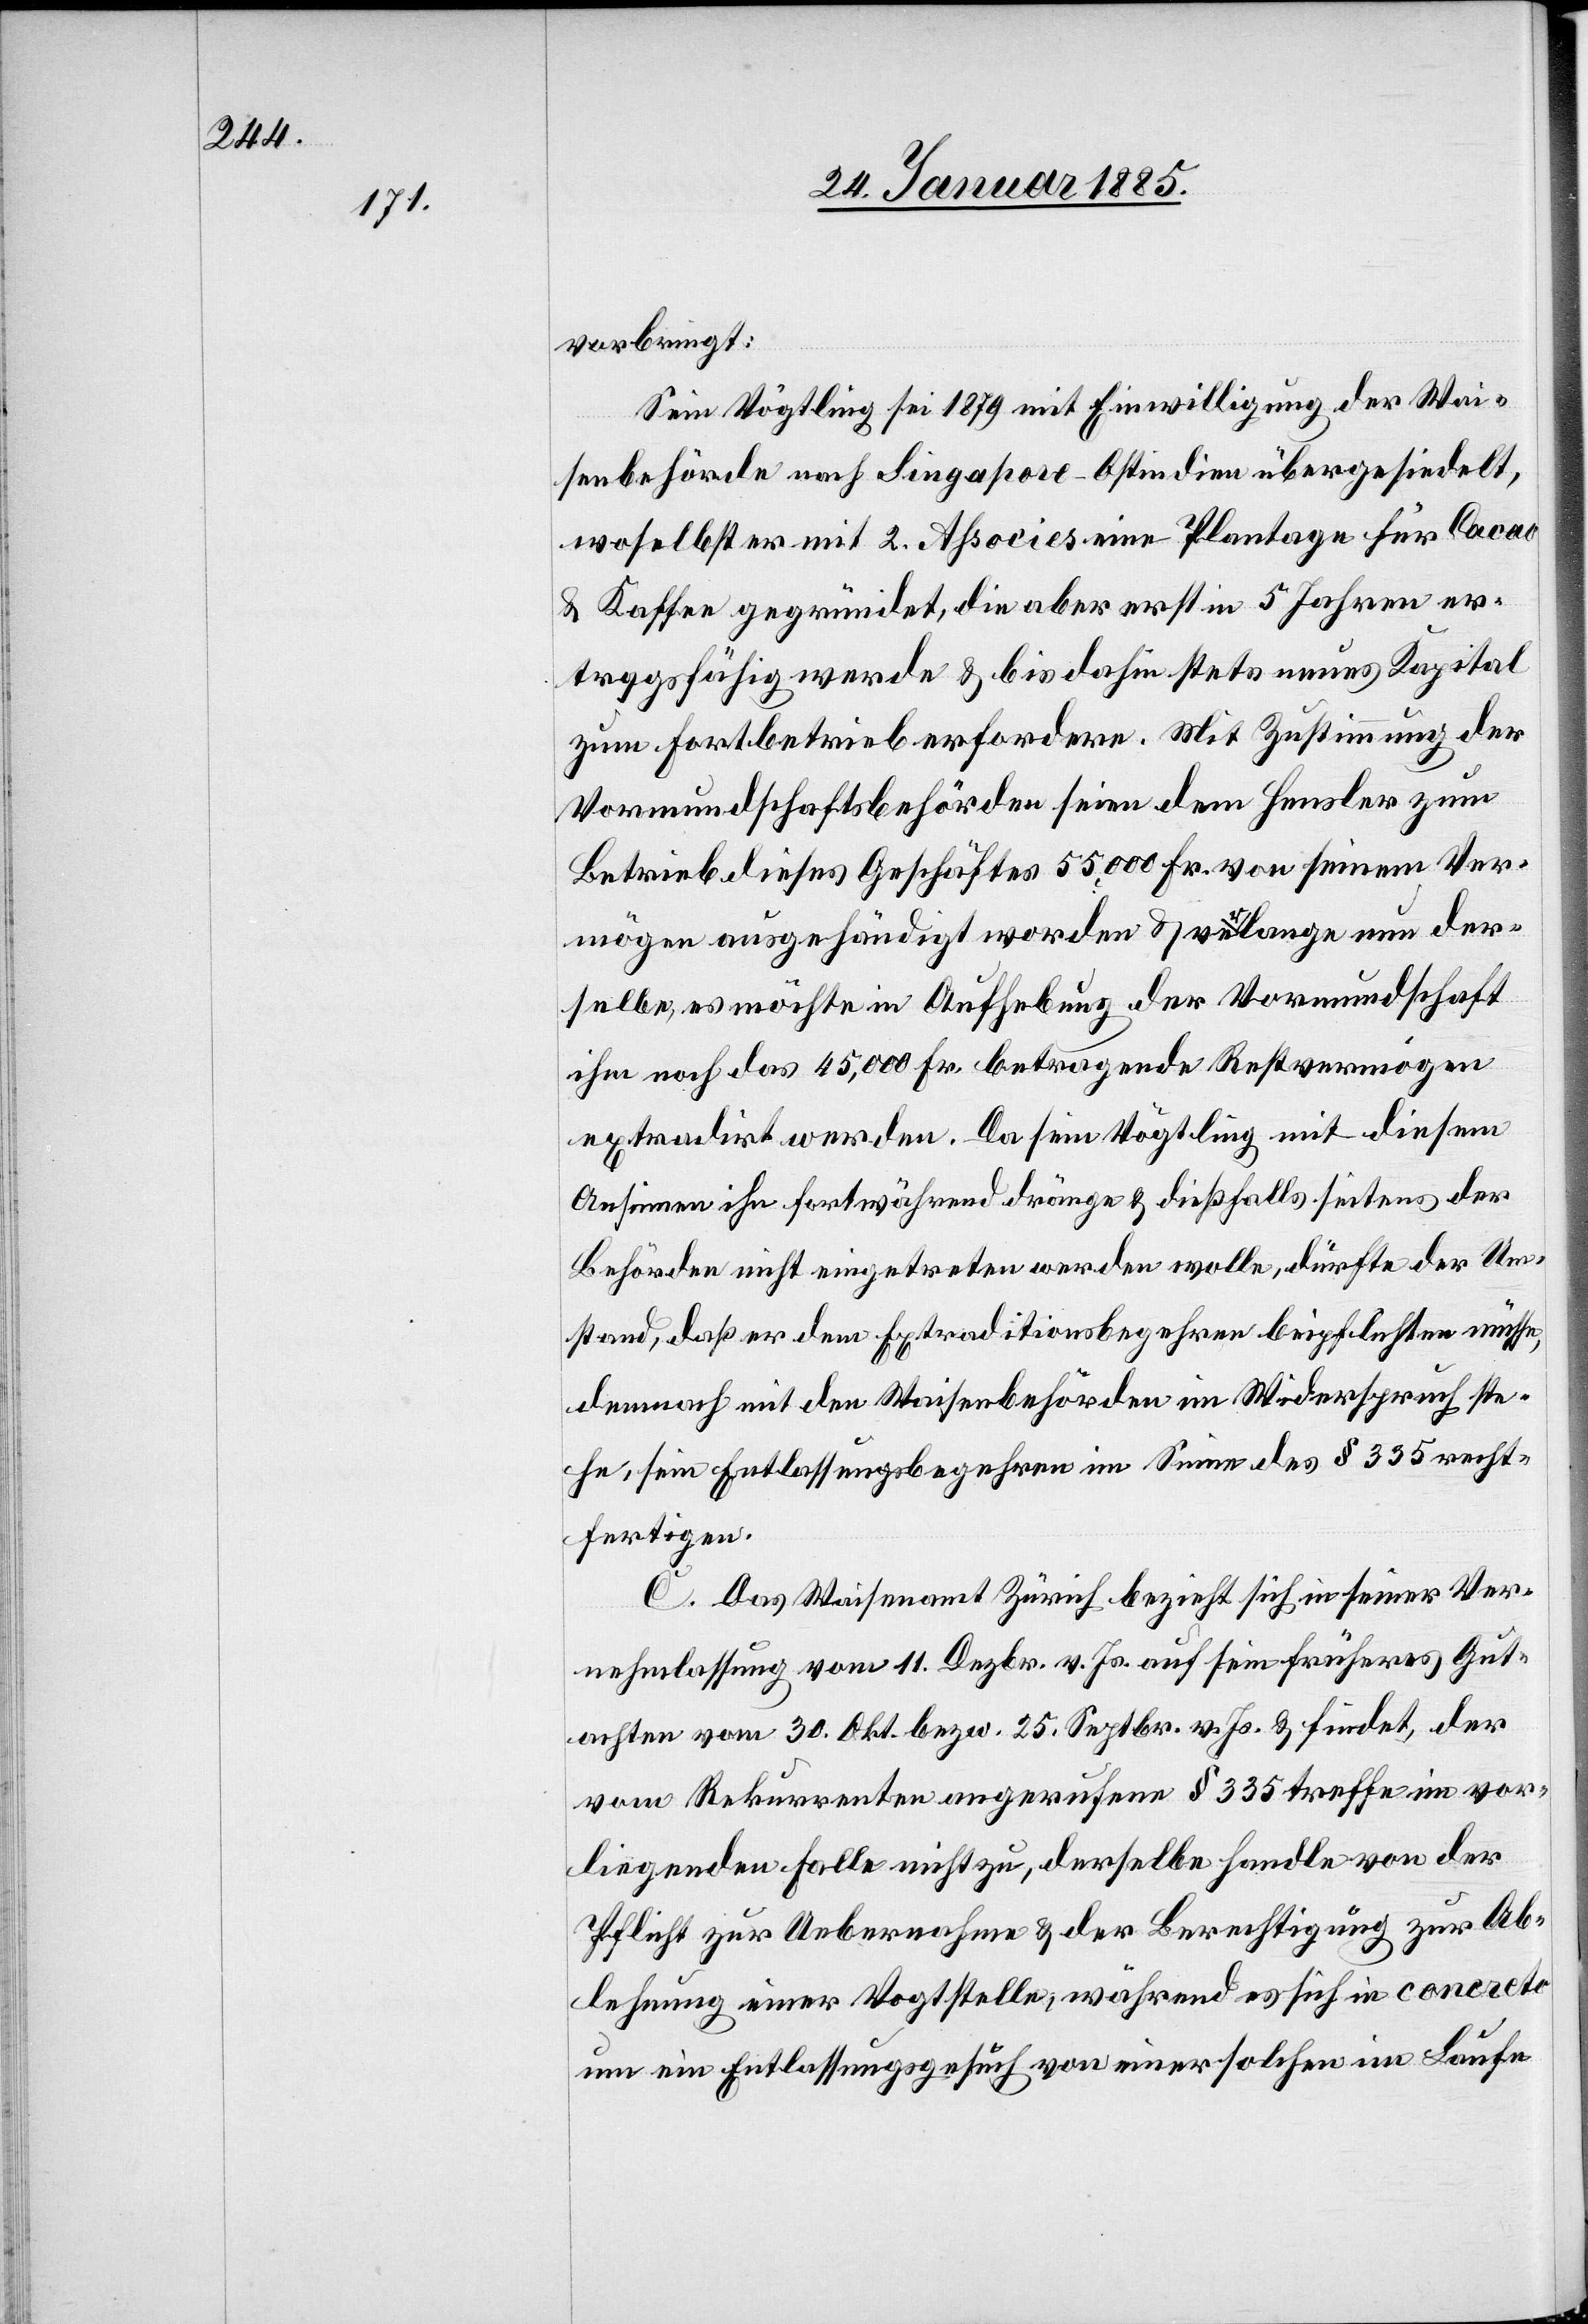
vorbringt:
Sein Vögtling sei 1879 mit Einwilligung der Wai¬
senbehörde nach Singapore - Ostindien übergesiedelt,
woselbst er mit 2. Aßocies eine Plantage für Cacao
& Kaffee gegründet, die aber erst in 5 Jahren er¬
tragsfähig werde & bis dahin stets neues Kapital
zum Fortbetrieb erfordere. Mit Zustimmung der
Vormundschaftsbehörden seien dem Hensler zum
Betreib dieses Geschäftes 55,000 Fr. von seinem Ver¬
mögen ausgehändigt worden & verlange nun der¬
selbe, es möchte in Aufhebung der Vormundschaft
ihm noch das 45,000 Fr. betragende Restvermögen
extradirt werden. Da sein Vögtling mit diesem
Ansinnen ihn fortwährend dränge & dießfalls seitens der
Behörde nicht eingetreten werden wolle, dürfte der Um¬
stand, daß er dem Extraditionsbegehren beipflichten müsse,
demnach mit den Waisenbehörden im Widerspruch ste¬
he, sein Entschlußbegehren im Sinne des § 335 recht¬
fertigen.
C. Das Waisenamt Zürich bezieht sich in seiner Ver¬
nehmlassung vom 11. Dezbr. v. Js. auf sein früheres Gut¬
achten vom 30. Okt. bezw. 25. Septbr. v. JS. & findet, der
vom Rekurrenten angerufenen § 335 treffe im vor¬
liegenden Falle nicht zu, derselbe handle von der
Pflicht zur Uebernahme & der Berechtigung zur Ab¬
lehnung einer Vogtstelle, während es sich in concreto
um ein Entlassungsgesuch von einer solchen im Laufe